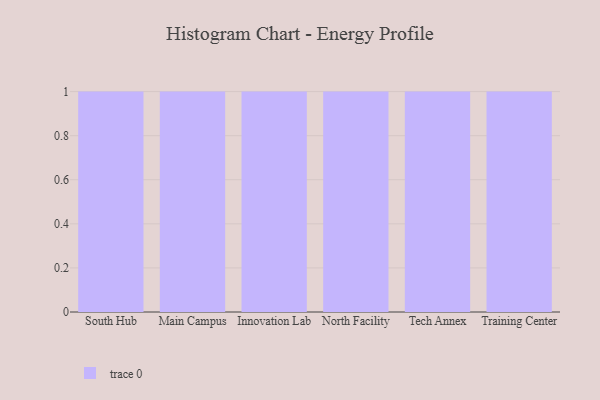
{"axis": {"x": "Campus", "y": "Headcount"}, "legend": [""], "data": [{"x": "South Hub", "y": 70, "type": ""}, {"x": "Main Campus", "y": 18, "type": ""}, {"x": "Innovation Lab", "y": 30, "type": ""}, {"x": "North Facility", "y": 97, "type": ""}, {"x": "Tech Annex", "y": 29, "type": ""}, {"x": "Training Center", "y": 64, "type": ""}]}